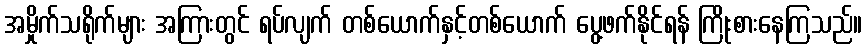
အမှိုက်သရိုက်များ အကြားတွင် ရပ်လျက် တစ်ယောက်နှင့်တစ်ယောက် ပွေ့ဖက်နိုင်ရန် ကြိုးစားနေကြသည်။